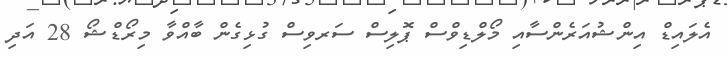
އެލައިޑް އިންޝުއަރެންސާއި މޯލްޑިވްސް ޕޮލިސް ސަރވިސް ގުޅިގެން ބާއްވާ މިރޯޑްޝޯ 28 އަދި